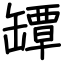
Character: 罈